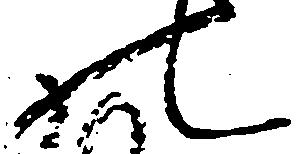
の